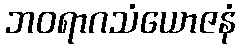
ဘဝရာဂသံယောဇနံ